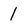
Character: 1